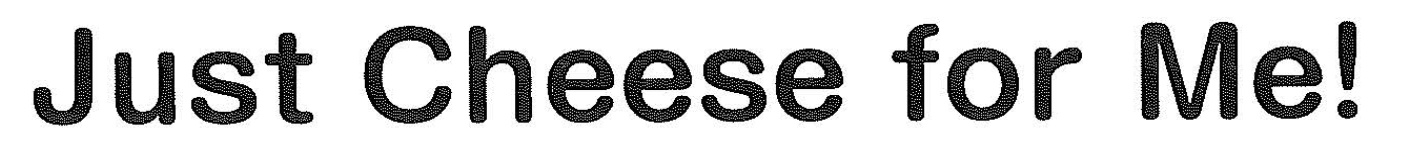
Just Cheese for Me!